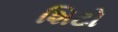
શિટો